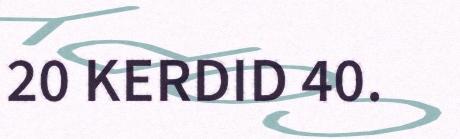
20 KERDID 40.